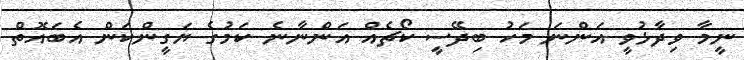
ނީމާ ވިދާޅުވީ އަންނަ މަހު ބިދޭސީ ކޯޗެއް އަންނާނެ ކަމުގެ ޔަގީންކަން އެބައޮތް